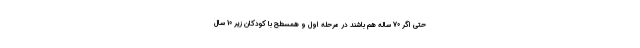
حتی اگر 70 ساله هم باشند در مرحله اول و همسطح با کودکان زیر 10 سال